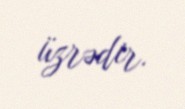
üzrədir.